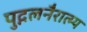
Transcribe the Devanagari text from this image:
पुद्गलनैरात्म्य